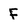
Character: F